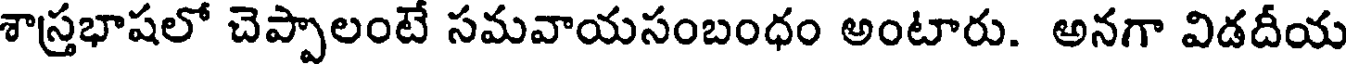
శాస్రభాషలో చెప్పాలంటే సమవాయసంబంధం అంటారు. అనగా విడదీయ